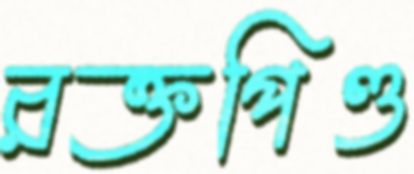
রক্তপিণ্ড